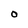
Character: O